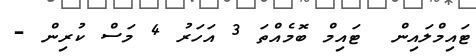
ޓައިމްލައިން  ޓައިމް ބޮމެއްތަ 3 އަހަރު 4 މަސް ކުރިން -